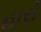
હારો